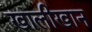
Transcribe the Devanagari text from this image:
खालीखान